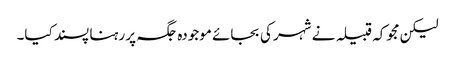
لیکن مجوکہ قبیلہ نے شہر کی بجائے موجودہ جگہ پر رہنا پسند کیا۔